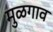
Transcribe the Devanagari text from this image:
मुळगाव